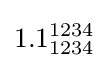
1.1_{1234}^{1234}